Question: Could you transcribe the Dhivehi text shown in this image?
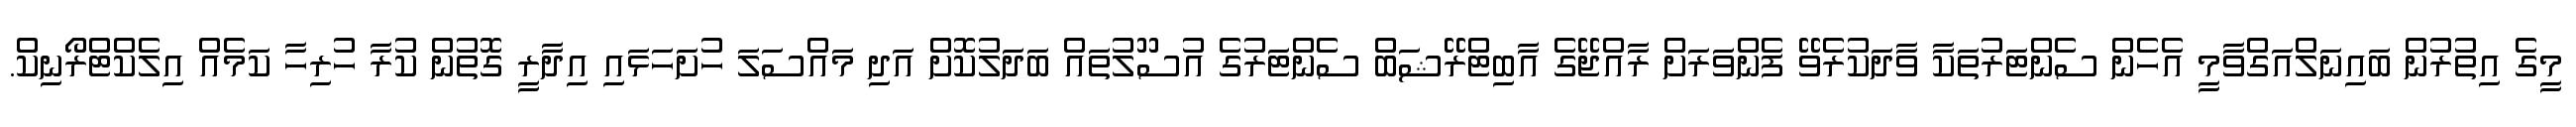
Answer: މީގެ އިތުރުން ބައިނަލްއަގްވާމީ އެހެން ސެންޓަރުތަކާ ވާދަކުރެވޭ ފެންވަރަށް ރާއްޖޭގެ އާބިޓްރޭޝަބް ސެންޓަރުގެ އުސޫލުތައް ބަދަލުކޮށް އަދި މައްސަލަ ހުށަހަޅައި އިދާރީ ގޮތުން ކުރާ ހުރިހާ ކަމެއް އިލެކްޓްރޯނިކް.